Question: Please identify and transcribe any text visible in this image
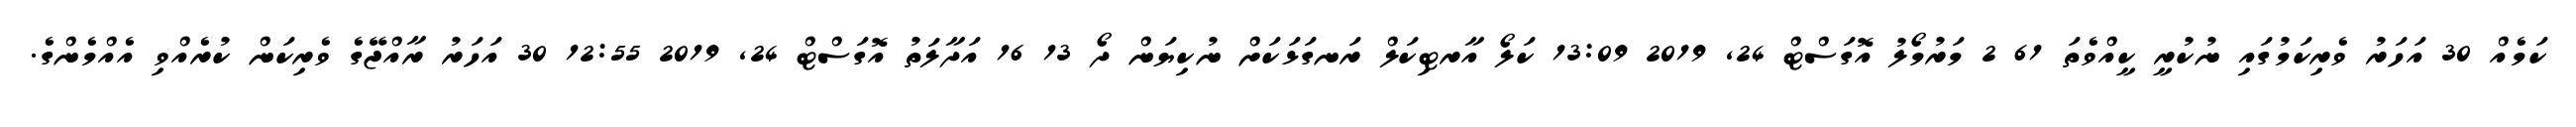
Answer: ކަމެއް 30 އަހަރު ވެރިކަމުގައި ނުކުރީ ކީއްވެތަ 61 2 މަރުމޯލު އޮގަސްޓް 24, 2019 13:09 ކަލޯ އާރޓިކަލް ރަނގަޅަކަށް ނުކިޔަން ދޯ 13 16 އަދާލަތު އޮގަސްޓް 24, 2019 12:55 30 އަހަރު ރާއްޖޭގެ ވެރިކަން ކުރެއްވި އެއްމެންގެ.